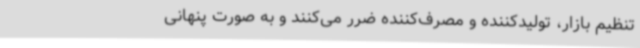
تنظیم بازار، تولیدکننده و مصرف‌کننده ضرر می‌کنند و به صورت پنهانی